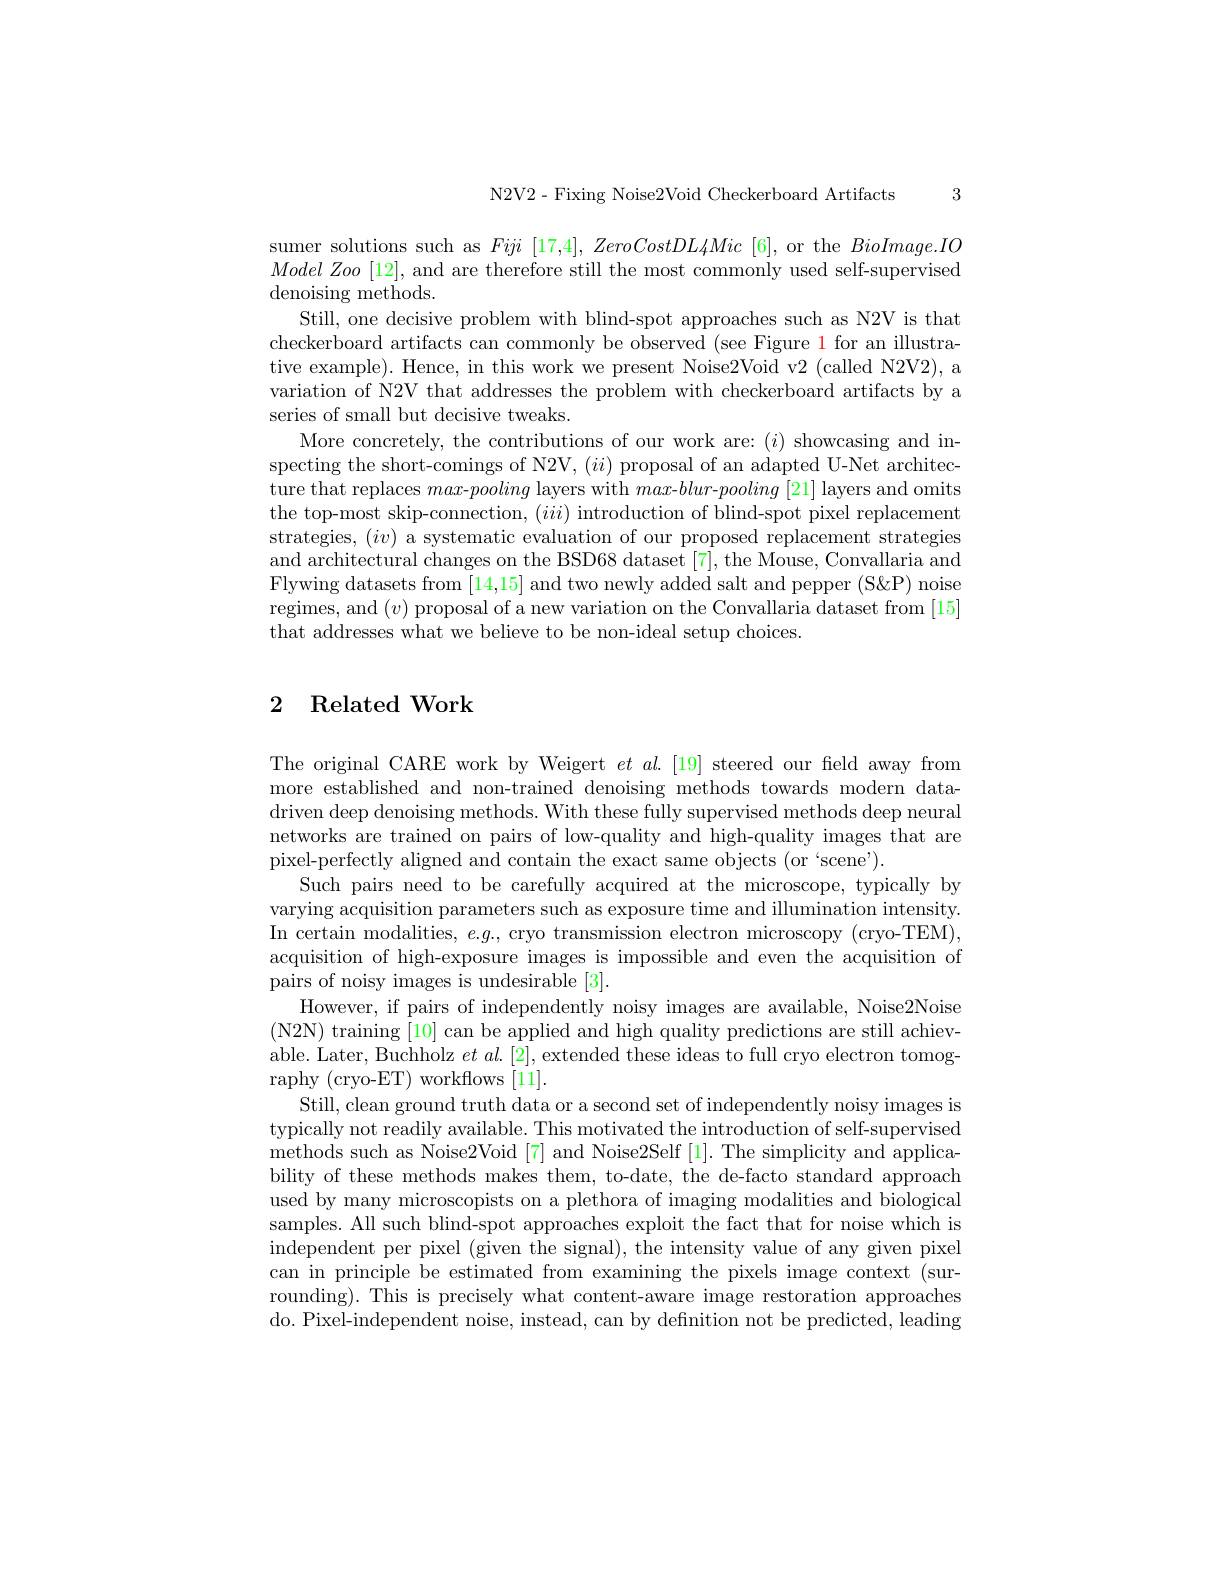
3

N2V2- Fixing Noise2Void Checkerboard Artifacts

sumer solutions such as Fiji [17,4], ZeroCostDL4Mic [6], or the $BioImage.IO$ ModelZoo [12], and are therefore still the most commonly used self-supervised denoising methods.
Still, one decisive problem with blind-spot approaches such as N2V is that checkerboard artifacts can commonly be observed (see Figure 1 for an illustrative example). Hence, in this work we present Noise2Void v2 (called N2V2), a variation of N2V that addresses the problem with checkerboard artifacts by a series of small but decisive tweaks.
More concretely, the contributions of our work are: $(i)$ showcasing and inspecting the short-comings of N2V, $(ii)$ proposal of an adapted U-Net architecture that replaces max-pooling layers with max-blur-pooling [21] layers and omits the top-most skip-connection, $(iii)$ introduction of blind-spot pixel replacement strategies, $(iv)$ a systematic evaluation of our proposed replacement strategies and architectural changes on the BSD68 dataset [7], the Mouse, Convallaria and Flywing datasets from [14,15] and two newly added salt and pepper (S<P) noise regimes, and $(v)$ proposal of a new variation on the Convallaria dataset from [15] that addresses what we believe to be non-ideal setup choices.

### 2 Related Work

The original CARE work by Weigert $et$ al.[19] steered our feld away from more established and non-trained denoising methods towards modern datadriven deep denoising methods. With these fully supervised methods deep neural networks are trained on pairs of low-quality and high-quality images that are pixel-perfectly aligned and contain the exact same objects (or `scene').
Such pairs need to be carefully acquired at the microscope, typically by varying acquisition parameters such as exposure time and illumination intensity. In certain modalities, $e.g.$, cryo transmission electron microscopy (cryo-TEM), acquisition of high-exposure images is impossible and even the acquisition of pairs of noisy images is undesirable [3].
However, if pairs of independently noisy images are available, Noise2Noise (N2N) training [10] can be applied and high quality predictions are still achievable. Later, Buchholz $et\textit{al. [ 2] , extended these ideas to full cryo electron tomog- }$ raphy (cryo-ET) workflows [11].
Still, clean ground truth data or a second set of independently noisy images is typically not readily available. This motivated the introduction of self-supervised methods such as Noise2Void [7] and Noise2Self [1]. The simplicity and applicability of these methods makes them, to-date, the de-facto standard approach used by many microscopists on a plethora of imaging modalities and biological samples. All such blind-spot approaches exploit the fact that for noise which is independent per pixel (given the signal), the intensity value of any given pixel can in principle be estimated from examining the pixels image context (sur-1) rounding). This is precisely what content-aware image restoration approaches do. Pixel-independent noise, instead, can by defnition not be predicted, leading